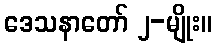
ဒေသနာတော် ၂-မျိုး။